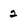
Character: 2